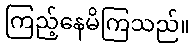
ကြည့်နေမိကြသည်။